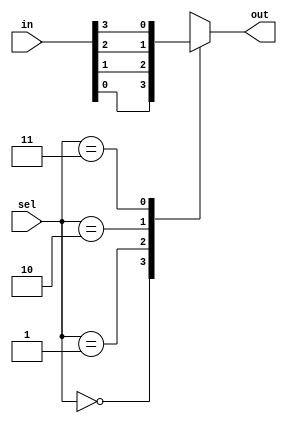
//behavioural modelling
module mux(in, sel, out);
	input [3:0] in;
	input [1:0]sel;
	output reg out;

	always @(*) begin
		case(sel)
			0: out=in[0];
			1: out=in[1];
			2: out=in[2];
			3: out=in[3];
        endcase

	end
	endmodule